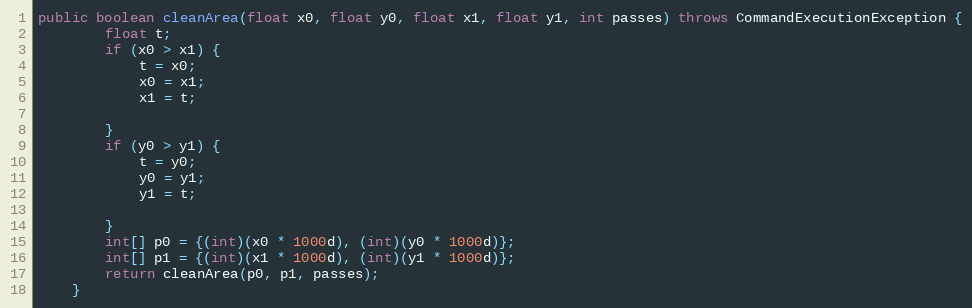
Language: Java
public boolean cleanArea(float x0, float y0, float x1, float y1, int passes) throws CommandExecutionException {
        float t;
        if (x0 > x1) {
            t = x0;
            x0 = x1;
            x1 = t;

        }
        if (y0 > y1) {
            t = y0;
            y0 = y1;
            y1 = t;

        }
        int[] p0 = {(int)(x0 * 1000d), (int)(y0 * 1000d)};
        int[] p1 = {(int)(x1 * 1000d), (int)(y1 * 1000d)};
        return cleanArea(p0, p1, passes);
    }